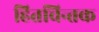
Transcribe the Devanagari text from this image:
हितचिन्तक